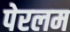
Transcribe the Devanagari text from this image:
पेरलम